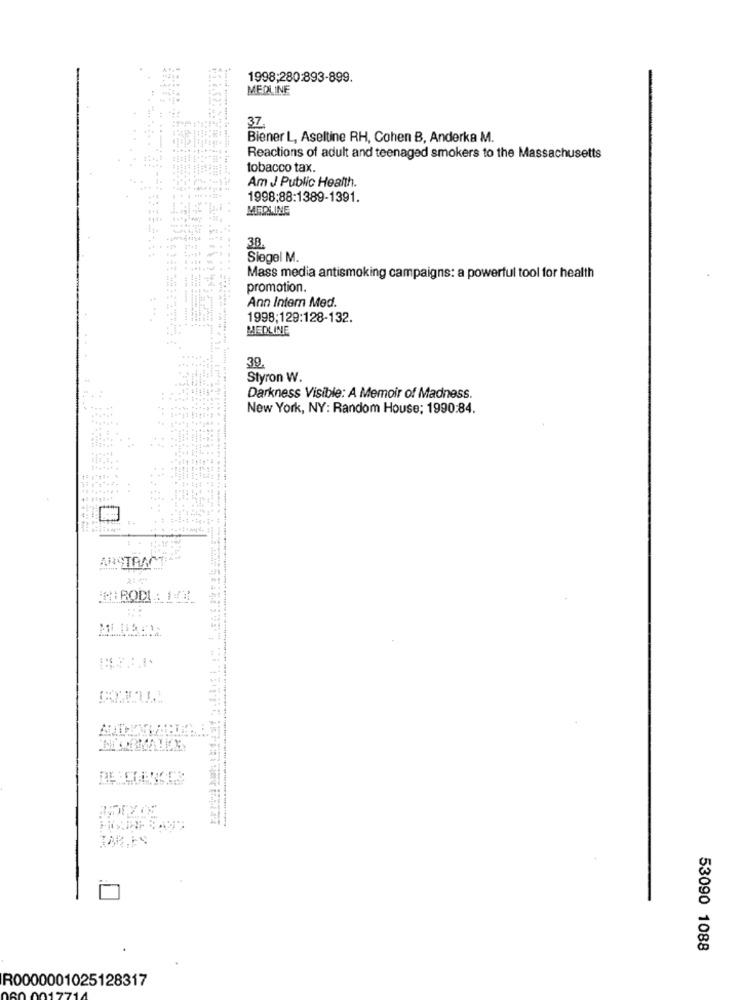
1998;280:893-899.
MEDLINE
37.
Biener L, Aseltine RH, Cohen B, Anderka M.
Reactions of adult and teenaged smokers to the Massachusetts
tobacco tax.
Am J Public Health.
1998:88:1389-1391.
MERLINE
3B.
Siegel M.
Mass media antismoking campaigns: a powerful tool for health
promotion.
Ann Intern Med.
1998;129:128-132.
MEDLINE
Styron W.
Darkness Visible: A Memoir of Madness.
New York, NY: Random House: 1990:84.
ABSTRAC
MIRODI: 143.
53090 1088
R0000001025128317